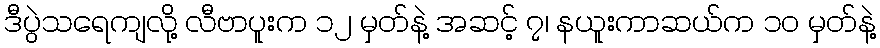
ဒီပွဲသရေကျလို့ လီဗာပူးက ၁၂ မှတ်နဲ့ အဆင့် ၇၊ နယူးကာဆယ်က ၁၀ မှတ်နဲ့